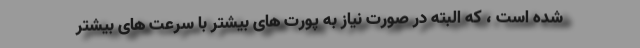
شده است ، که البته در صورت نیاز به پورت های بیشتر با سرعت های بیشتر